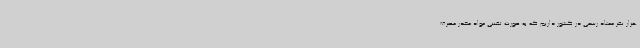
هزار نفر معتاد رسمی در کشور داریم که به صورت تفننی مواد مخدر مصرف